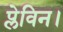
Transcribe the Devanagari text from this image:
प्लेविन।